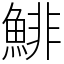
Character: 鯡